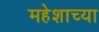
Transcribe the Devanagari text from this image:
महेशाच्या